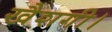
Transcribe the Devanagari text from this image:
खैशगी।